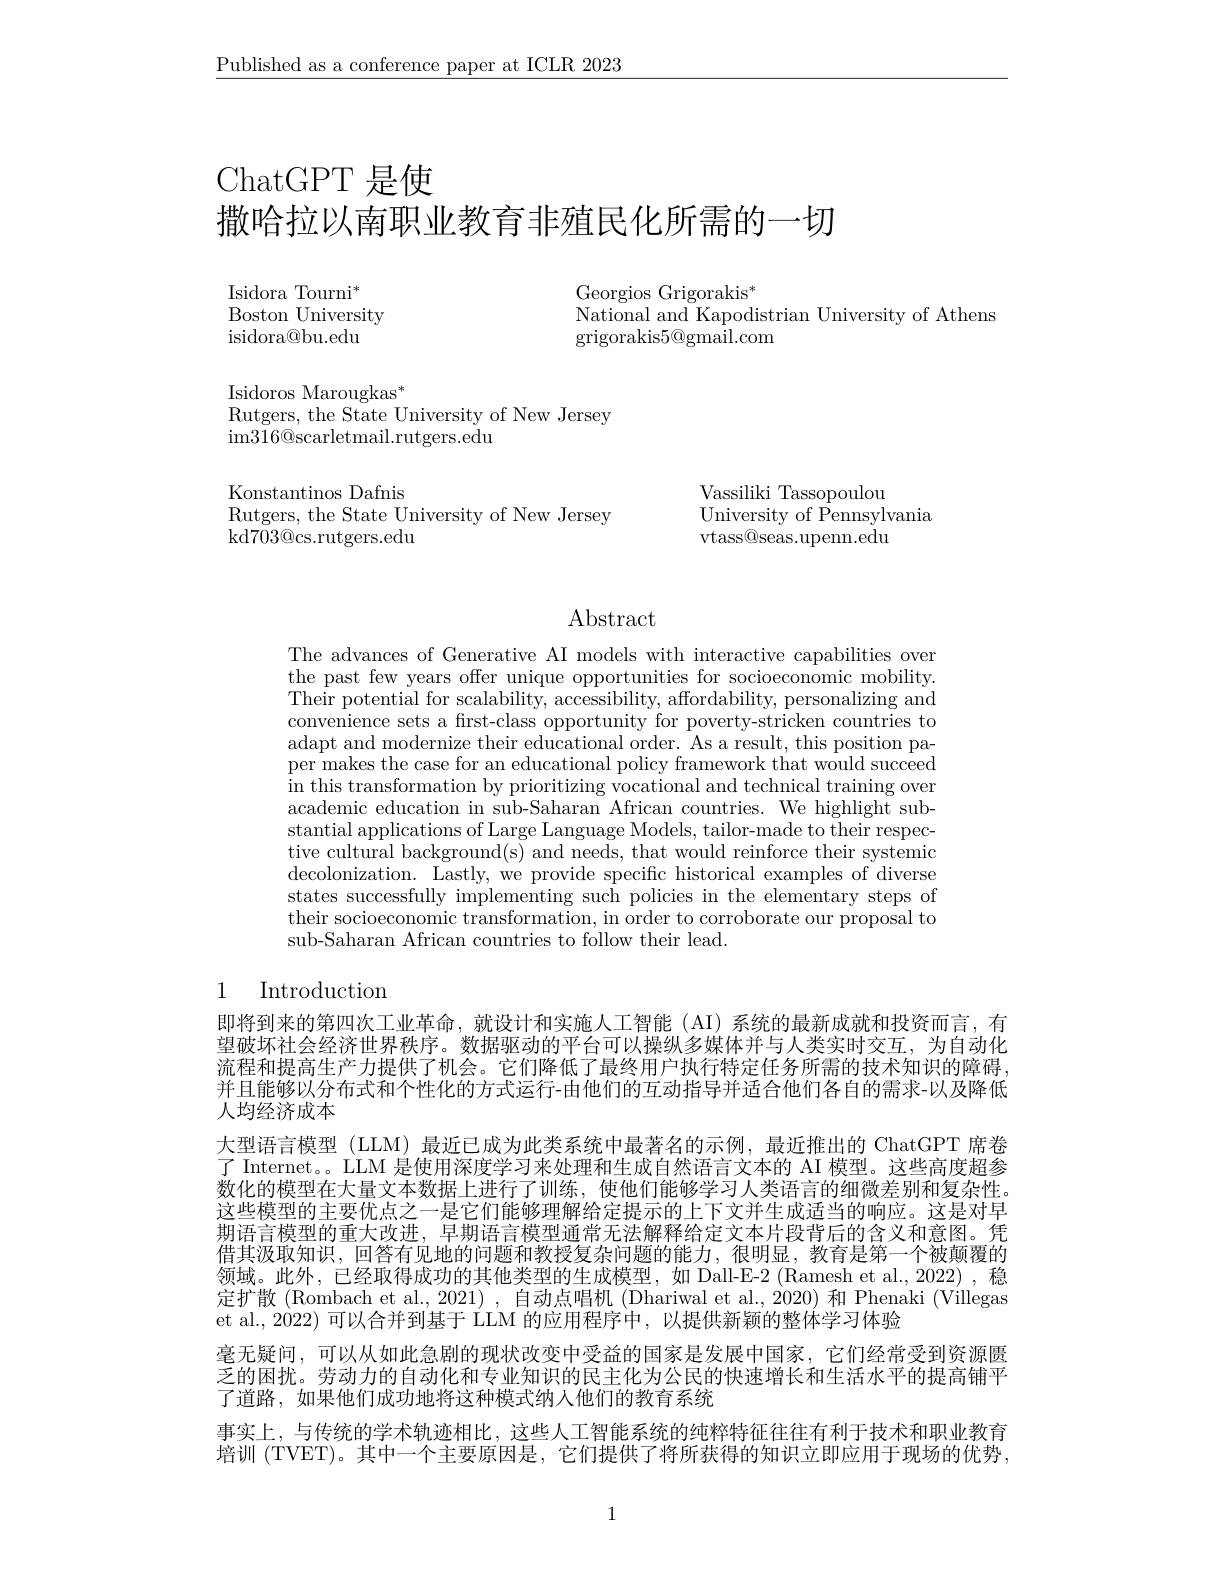
$\underline{\text{Published as a conference paper at ICLR 2023}}$

ChatGPT 是使
撒哈拉以南职业教育非殖民化所需的一切

$\mathrm{Isidora~Tourni}^*$
Boston University
isidora@ bu. edu

Georgios Grigorakis$^*$
National and Kapodistrian University of Athens
grigorakis5@gmail.com

Isidoros Marougkas$^*$
Rutgers, the State University of New Jersey
im316@scarletmail.rutgers.edu

Konstantinos Dafnis
Rutgers, the State University of New Jersey
kd703@ cs. rutgers. edu

Vassiliki Tassopoulou
University of Pennsylvania
vtass@seas.upenn.edu

Abstract

The advances of Generative AI models with interactive capabilities over the past few years offer unique opportunities for socioeconomic mobility. Their potential for scalability, accessibility, affordability, personalizing and convenience sets a frst-class opportunity for poverty-stricken countries to adapt and modernize their educational order. As a result, this position paper makes the case for an educational policy framework that would succeed in this transformation by prioritizing vocational and technical training over academic education in sub-Saharan African countries. We highlight substantial applications of Large Language Models, tailor-made to their respective cultural background(s) and needs, that would reinforce their systemic decolonization. Lastly, we provide specific historical examples of diverse states successfully implementing such policies in the elementary steps of their socioeconomic transformation, in order to corroborate our proposal to sub-Saharan African countries to follow their lead.

## 1 Introduction

即将到来的第四次工业革命，就设计和实施人工智能(AI)系统的最新成就和投资而言，有望破坏社会经济世界秩序。数据驱动的平台可以操纵多媒体并与人类实时交互，为自动化流程和提高生产力提供了机会。它们降低了最终用户执行特定任务所需的技术知识的障碍， 并且能够以分布式和个性化的方式运行-由他们的互动指导并适合他们各自的需求-以及降低人均经济成本
大型语言模型 (LLM) 最近已成为此类系统中最著名的示例，最近推出的 ChatGPT 席卷了 Internet。。LLM 是使用深度学习来处理和生成自然语言文本的 AI 模型。这些高度超参数化的模型在大量文本数据上进行了训练，使他们能够学习人类语言的细微差别和复杂性。这些模型的主要优点之一是它们能够理解给定提示的上下文并生成适当的响应。这是对早期语言模型的重大改进，早期语言模型通常无法解释给定文本片段背后的含义和意图。凭借其汲取知识，回答有见地的问题和教授复杂问题的能力，很明显，教育是第一个被颠覆的领域。此外，已经取得成功的其他类型的生成模型，如 Dall-E-2 (Ramesh et al.,2022), 稳定扩散 (Rombach et al., 2021) , 自动点唱机 (Dhariwal et al., 2020) 和 Phenaki (Villegas et al., 2022) 可以合并到基于 LLM 的应用程序中，以提供新颖的整体学习体验
毫无疑问，可以从如此急剧的现状改变中受益的国家是发展中国家，它们经常受到资源匮乏的困扰。劳动力的自动化和专业知识的民主化为公民的快速增长和生活水平的提高铺平了道路，如果他们成功地将这种模式纳人他们的教育系统
事实上，与传统的学术轨迹相比，这些人工智能系统的纯粹特征往往有利于技术和职业教育培训 (TVET)。其中一个主要原因是，它们提供了将所获得的知识立即应用于现场的优势，

1